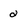
Character: 2